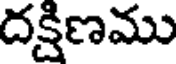
దక్షిణము